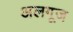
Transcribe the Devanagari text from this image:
अलगूज